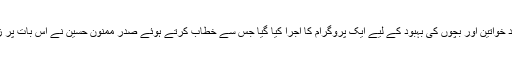
دریں اثناء وفاقی محتسب کی طرف سے منگل کو جیلوں میں قید خواتین اور بچوں کی بہبود کے لیے ایک پروگرام کا اجرا کیا گیا جس سے خطاب کرتے ہوئے صدر ممنون حسین نے اس بات پر زور دیا کہ قیدی خواتین کو مختلف ہنر سکھائے جانے چاہیءں۔